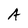
Character: A